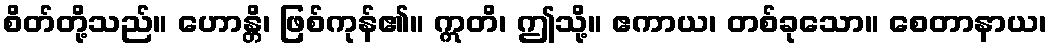
စိတ်တို့သည်။ ဟောန္တိ၊ ဖြစ်ကုန်၏။ ဣတိ၊ ဤသို့။ ဧကာယ၊ တစ်ခုသော။ စေတာနာယ၊